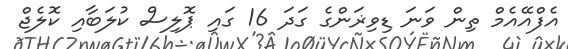
އެފްއޭއެމް ތިން ވަނަ ޑިވިޜަންގެ ގަދަ 16 ގައި ޕޮލިސް ކުލަބާއި ކޮލެޖް